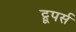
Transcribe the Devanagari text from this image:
ट्रूपर्स